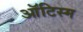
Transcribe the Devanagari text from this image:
ऑटिस्म